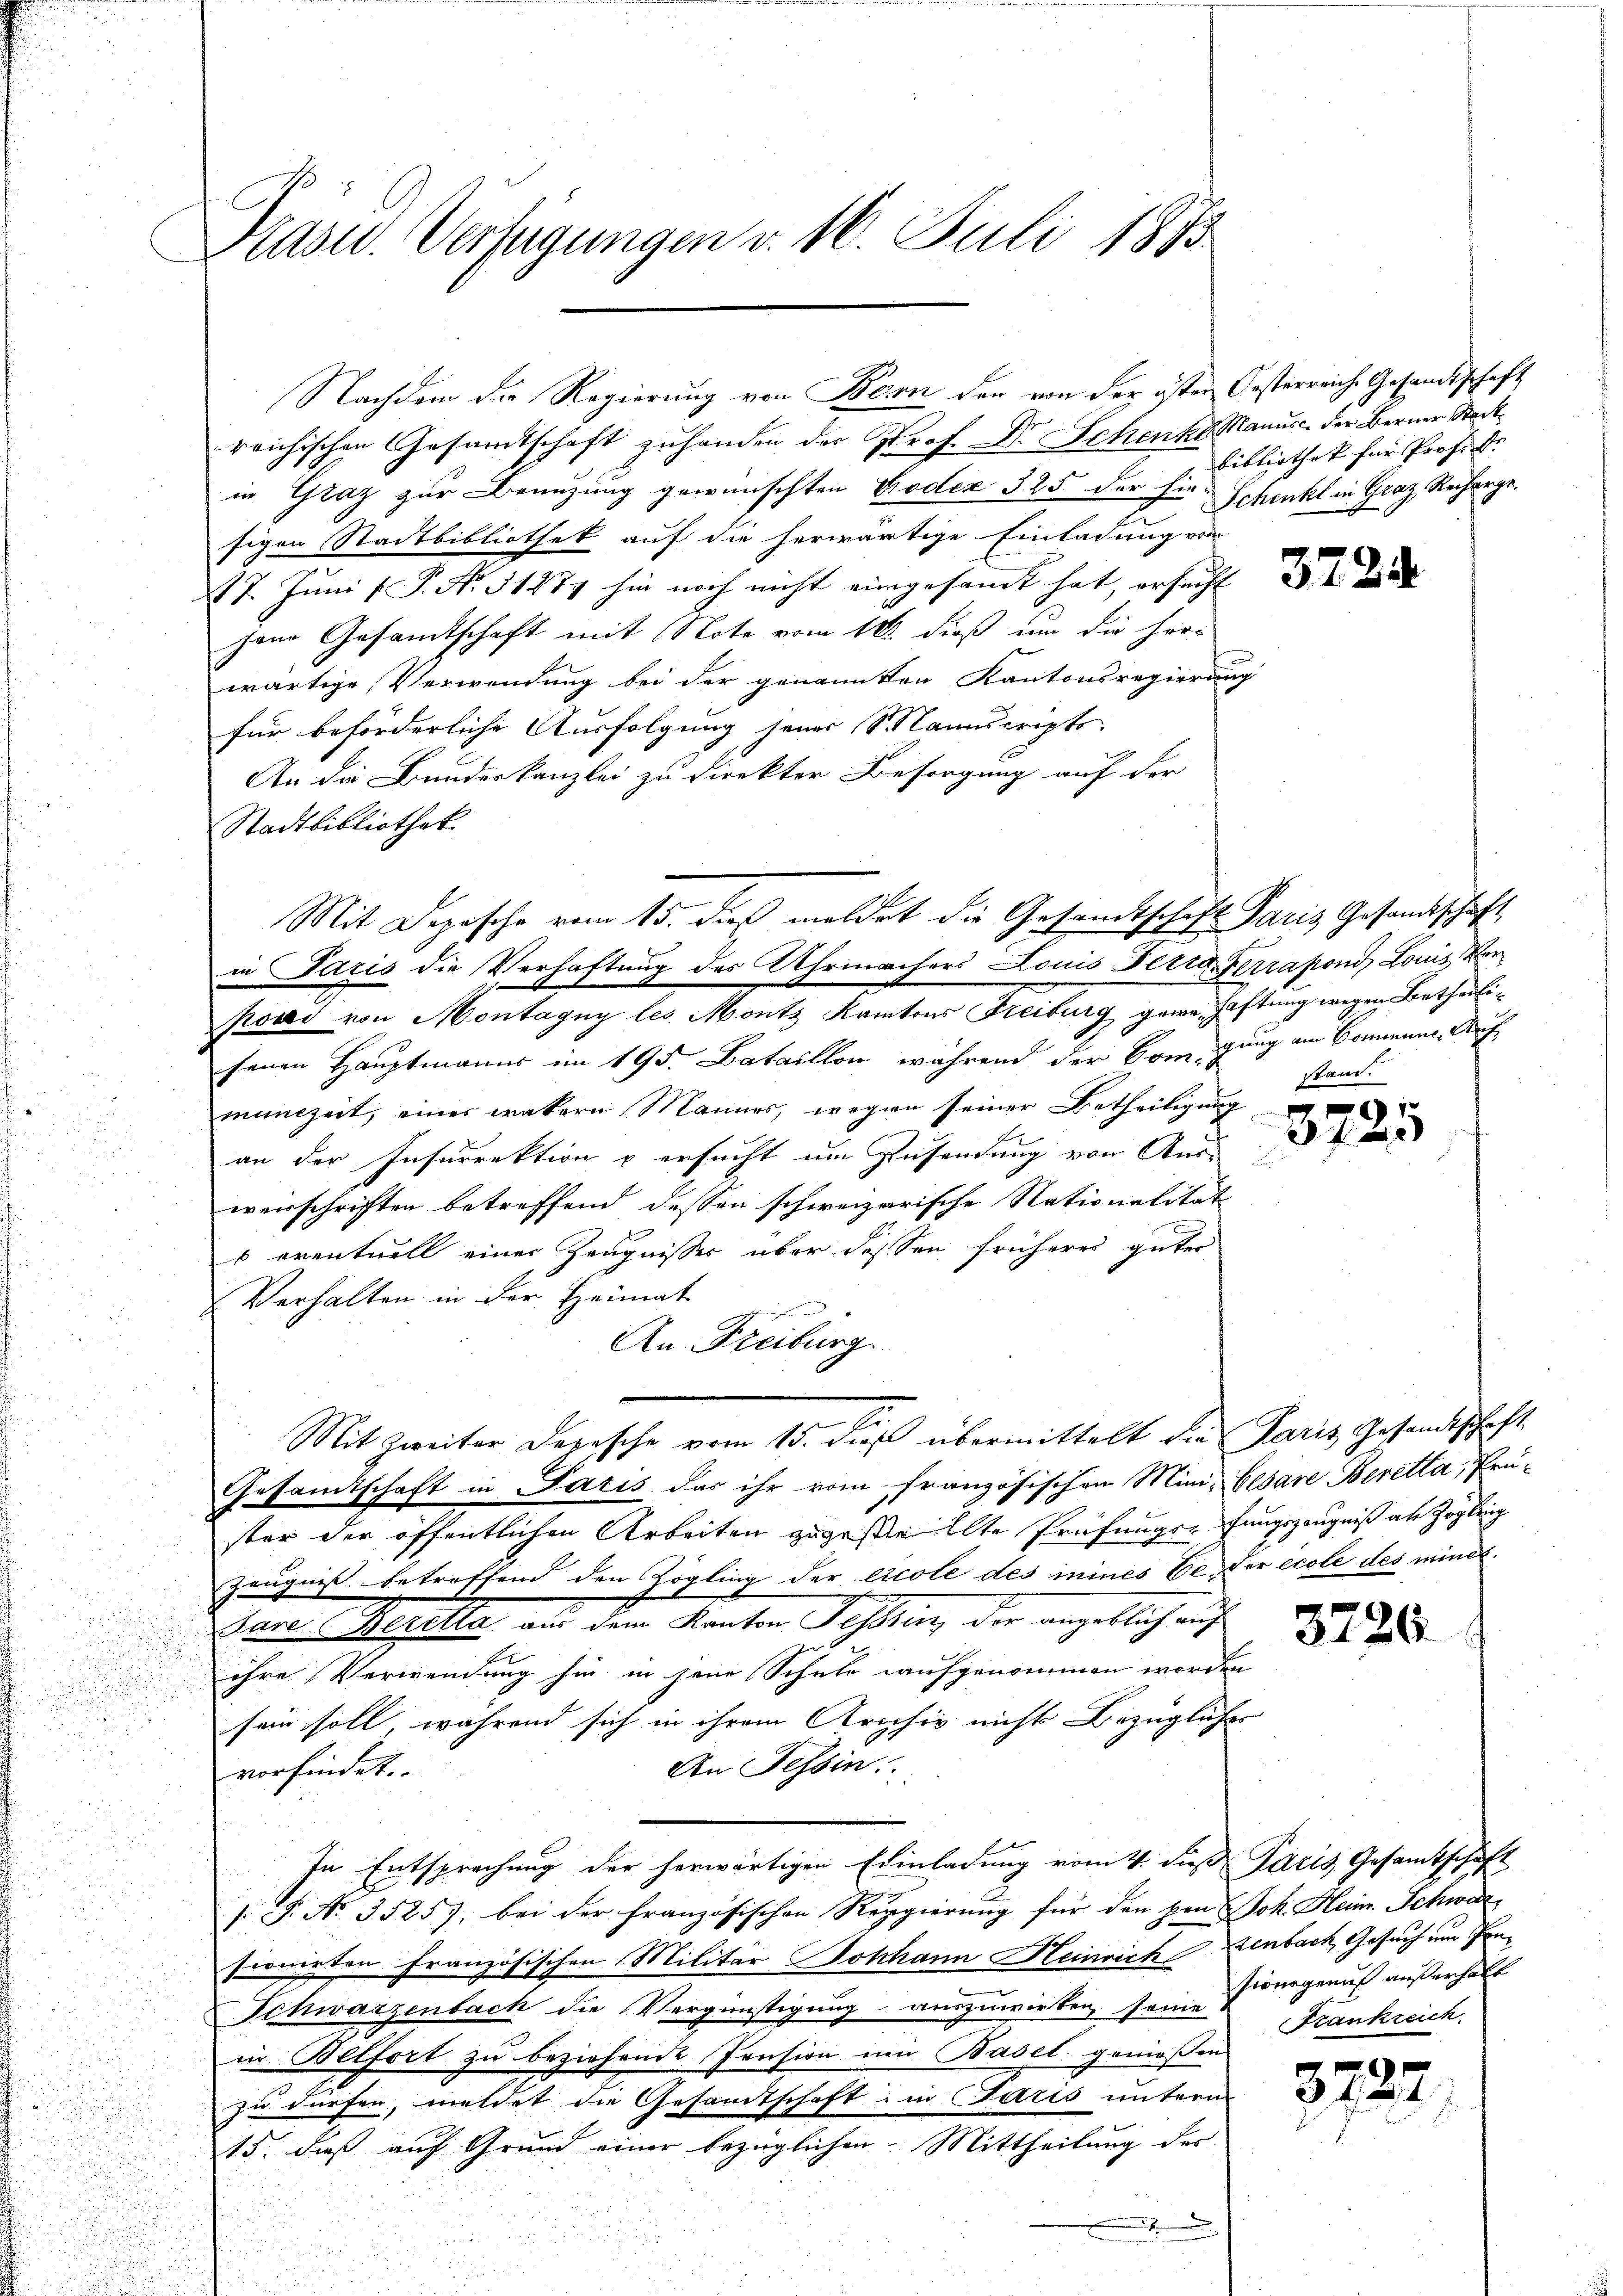
Präsid.. Verfügungen v. 16. Juli 1873.

reichischen Gesamtschaft zuhanden der Prof. Dr. Schenke. Manusc. der Berner Stadtin Graz zur Benuzung gewünschten Kodex 325 der hin- Schenkt in Graz Recharge
sigen Stadtbibliothek auf die herwärtige Einladung von
117. Juni / P. Nr. 31277 hin noch nicht eingesandt hat, ersucht
jene Gesamtschaft mit Note vom 18. dieß um die Herr
wärtige Verwendung bei der genannten Kantonsregierung
für beförderliche Ausfolgung seines Manuscripts
An die Bundeskanzlei zu direkter Besorgung auf der
Stadtbibliothek
in Paris die Verhaftung des Uhrmachers Louis Ferie Ferrapond Louis Ver¬
Prosi von Montagny les Montz Kantons Freiburg gewe Haftung wegen Betheilisenen Hauptmanns im 195. Bataillon, während der Comigung am Sommene Aufmunzeit, einer wakern Mannes, wegen seiner Betheiligung
an der Insurrektion & ersucht um Zusendung von Aus-
werschriften betreffend dessen schweizerische Nationalität
s eventuell einer Zeugnisses über dessen früheres guter
Verhalten in der Heimat
An Freiburg.
Mit Zweiter Depesche vom 15. Fuß übermittelt die Paris, Gesandtschaft
Gesandtschaft in Paris das ihr vom französischen Mini- Cesare Beretta, Prüster der öffentlichen Arbeiten zugestellte Prüfungsehungszeugniß ab Zogleich
Zeugniß betreffend den Zögling der Ecole des inines Ec, der école des mind
Pare Beretta aus dem Kanton Fesssin, der angeblich auf
ihre Verwendung hin in jene Schule aufgenommen worden
sein soll, während sich in ihrem Archiv nicht bezüglich- |
An Tessin:
vorfindet.
In Entsprechung der herwärtigen Einladung vom 4. dieß Paris Gesamtschaft
[: P. No. 3525), bei der französischen Reggierung für den von Joh. Heim. Schwar
sionirten französischen Militär Johann Heinrich zenbach, Gesuch um Pen¬
Schwarzenbach die Vergünstigung auszuwirken, seine
in Belfort zu beziehende Pension um Basel genießen
zu dürfen, meldet die Gesandtschaft in Paris unterm
15. daß auf Grund einer bezüglichen Mittheilung der
.

Nachdem die Regierung von Bern den von der öster Oesterreiche Gesandtschaft

Mit Deposche vom 15. dieß meldet die Gesandtschaft Paris Gesandtschäft

Bibliothek für Professo

u

u

3724

stand.

3725

3726

sionsgenuß außerhalt
Krankreich

3727